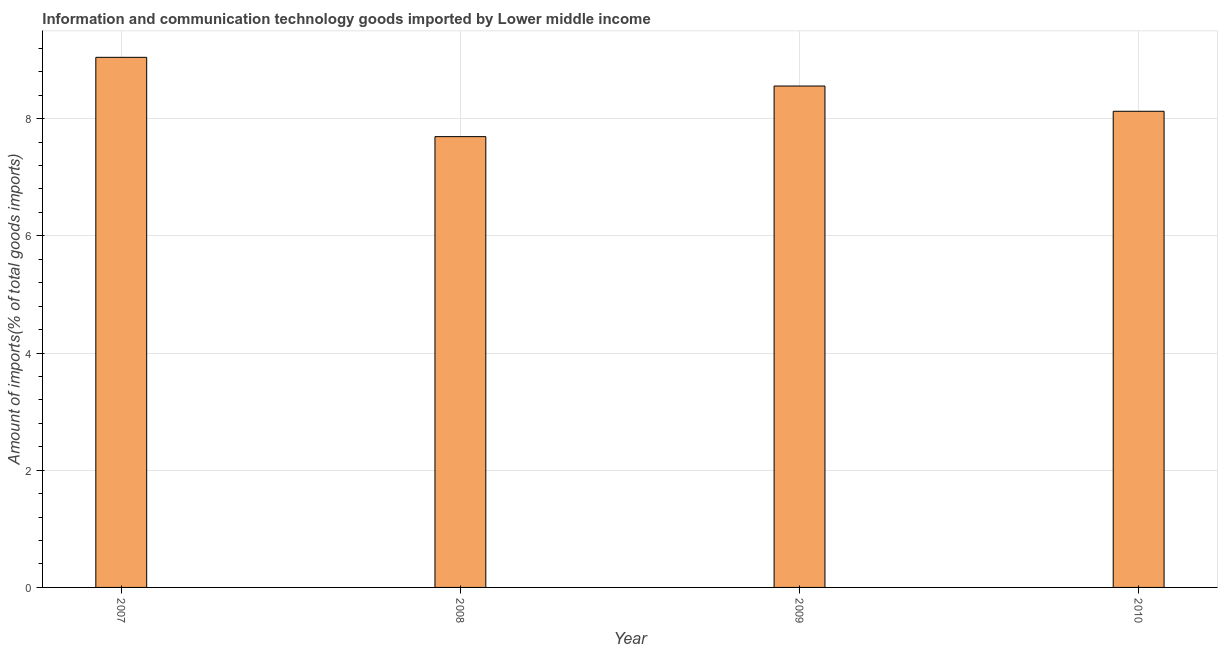
| Year | ICT goods imports |
 | --- | --- |
 | 2007 | 9.05 |
 | 2008 | 7.69 |
 | 2009 | 8.56 |
 | 2010 | 8.13 |